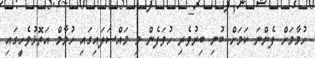
ހުމާމަށް ފެންނަ ކަމަށް ބުނި ބިރުވެރި ހުވަފެން މި މައްސަލައިގައި ހުމާމް އަތޮޅުވެހީގައި